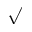
\surd